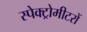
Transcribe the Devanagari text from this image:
स्पेक्ट्रोमीटरों